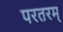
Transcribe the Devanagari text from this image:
परतरम्